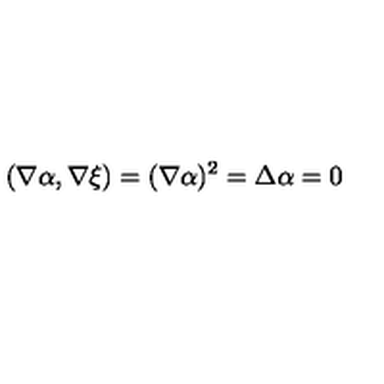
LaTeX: ( \nabla \alpha , \nabla \xi ) = ( \nabla \alpha ) ^ { 2 } = \Delta \alpha = 0